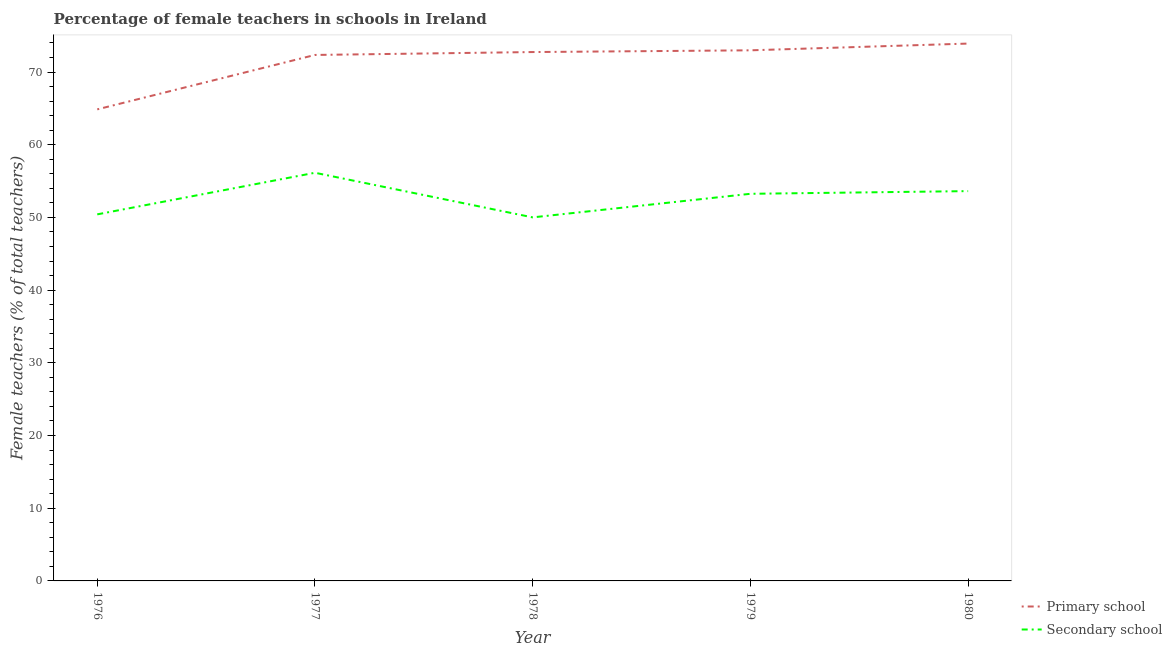
| Year | Primary school | Secondary school |
 | --- | --- | --- |
 | 1976 | 64.9 | 50.4 |
 | 1977 | 72.4 | 56.1 |
 | 1978 | 72.8 | 50 |
 | 1979 | 73 | 53.3 |
 | 1980 | 73.9 | 53.6 |